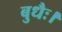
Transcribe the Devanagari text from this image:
बुधैः।